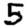
Digit: 5